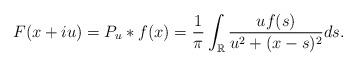
LaTeX: \begin{align*}F(x+iu)=P_u*f(x)=\frac{1}{\pi}\int_{\mathbb{R}} \frac{uf(s)}{u^2+(x-s)^2}ds.\end{align*}